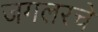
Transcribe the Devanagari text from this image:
जगलरचे